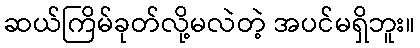
ဆယ်ကြိမ်ခုတ်လို့မလဲတဲ့ အပင်မရှိဘူး။